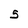
Character: 5